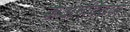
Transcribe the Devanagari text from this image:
केअर्गविंटव्ग